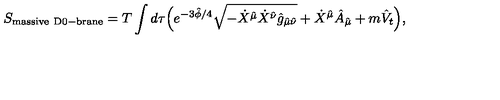
S _ { \mathrm { m a s s i v e \ D 0 - b r a n e } } = T \int d \tau \Big ( e ^ { - 3 \hat { \phi } / 4 } \sqrt { - \dot { X } ^ { \hat { \mu } } \dot { X } ^ { \hat { \nu } } \hat { g } _ { \hat { \mu } \hat { \nu } } } + \dot { X } ^ { \hat { \mu } } \hat { A } _ { \hat { \mu } } + m \hat { V } _ { t } \Big ) ,